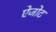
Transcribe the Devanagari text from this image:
ऐजोट